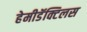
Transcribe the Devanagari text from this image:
हेमीडॅक्टिलस